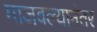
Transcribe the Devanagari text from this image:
गाजवल्यानंतर